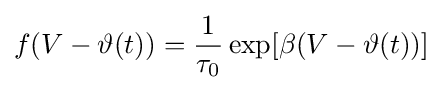
f(V-\vartheta (t))={\frac {1}{\tau _{0}}}\exp[\beta (V-\vartheta (t))]